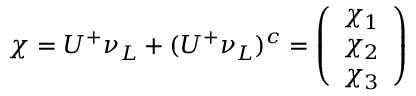
\chi = U ^ { + } \nu _ { L } + ( U ^ { + } \nu _ { L } ) ^ { c } = \left( \begin{array} { c } { { \chi _ { 1 } } } \\ { { \chi _ { 2 } } } \\ { { \chi _ { 3 } } } \end{array} \right)